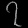
Digit: ၇